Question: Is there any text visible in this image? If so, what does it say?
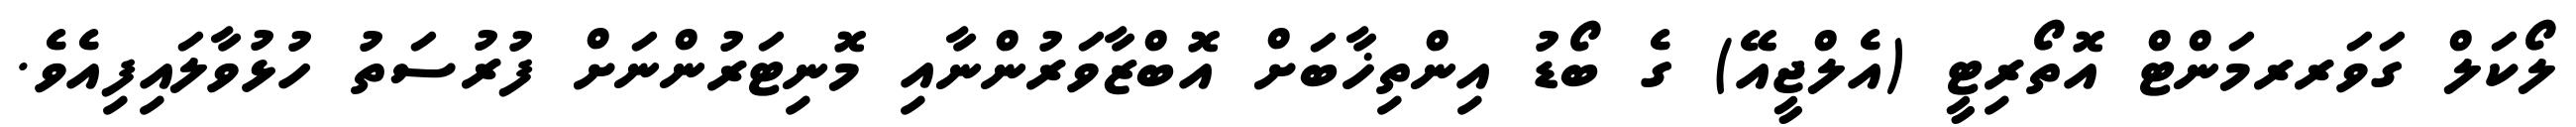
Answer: ލޯކަލް ގަވަރރމަންޓް އޮތޯރިޓީ (އެލްޖީއޭ) ގެ ބޯޑު އިންތިޚާބަށް އޮބްޒާވަރުންނާއި މޮނިޓަރުންނަށް ފުރުސަތު ހުޅުވާލައިފިއެވެ.